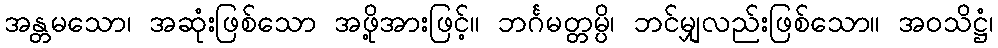
အန္တမသော၊ အဆုံးဖြစ်သော အဖို့အားဖြင့်။ ဘင်္ဂမတ္တမ္ပိ၊ ဘင်မျှလည်းဖြစ်သော။ အဝသိဋ္ဌံ၊